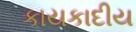
કાયકાદીય